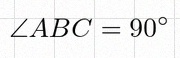
\angle ABC=90^\circ